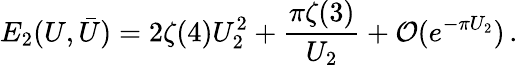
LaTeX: E_{2}(U,\bar{U})=2\zeta(4)U_{2}^{2}+\frac{\pi\zeta(3)}{U_{2}}+\mathcal{O}(e^{-\pi U_{2}})\, .